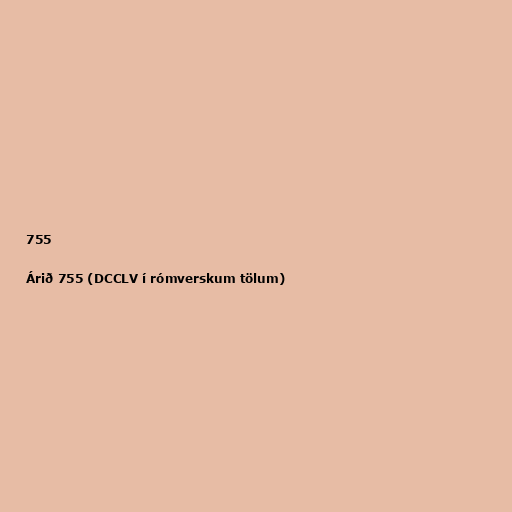
755

Árið 755 (DCCLV í rómverskum tölum)